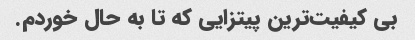
بی کیفیت‌ترین پیتزایی که تا به حال خوردم.